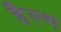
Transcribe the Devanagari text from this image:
हैल्‍थ